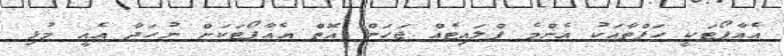
އެއާޕޯޓަކީ ހަފްތާއަކު އެންމެ ފްލައިޓެއް ޖަހަން އޮތް އެއާޕޯޓަކަށް ނުހަދާ އެއީ މުޅި